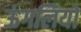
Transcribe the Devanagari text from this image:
ऊंगलियों